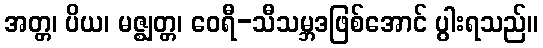
အတ္တ၊ ပိယ၊ မဇ္ဈတ္တ၊ ဝေရီ-သီသမ္ဘဒဖြစ်အောင် ပွါးရသည်။